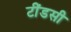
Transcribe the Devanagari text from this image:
टींडसी